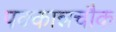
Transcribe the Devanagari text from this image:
पक्कान्नचौक